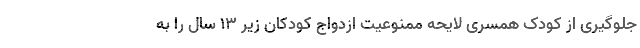
جلوگیری از کودک همسری لایحه ممنوعیت ازدواج کودکان زیر ۱۳ سال را به